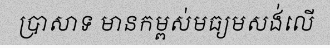
ប្រាសាទ មានកម្ពស់មធ្យមសង់លើ